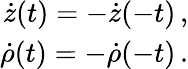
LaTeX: \begin{array}{r}{\dot{z}(t)=-\dot{z}(-t)\, ,}\\ {\dot{\rho}(t)=-\dot{\rho}(-t)\, .}\end{array}